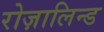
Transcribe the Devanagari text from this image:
रोज़ालिन्ड